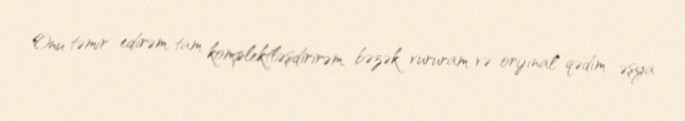
Onu təmir edirəm, tam komplektləşdirirəm, bəzək vururam və orijinal qədim əşya